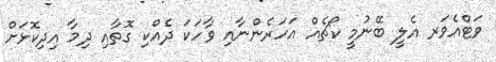
ވަޓްއެވަރ އެލީ ބޭނުމީ ކޯޗެއް އަހަރެންނާއި ވާހަކަ ދެއްކި ގޮތާއި ދިމާ އިދިކޮޅަށް